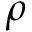
\rho